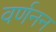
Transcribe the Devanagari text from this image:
वर्णनन